Note on the mental hospitals in Burma - 1925-1940
Year: 1925
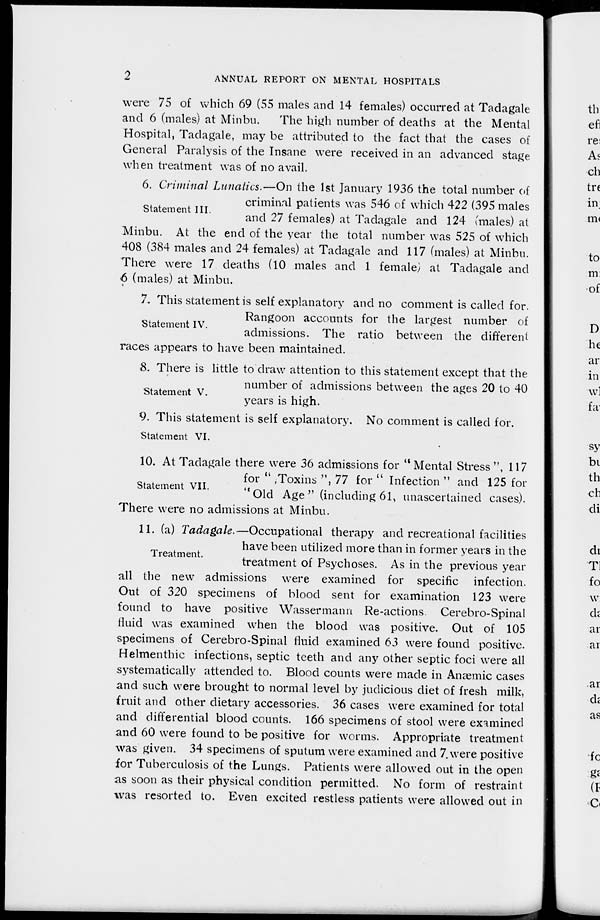
2
ANNUAL REPORT ON MENTAL HOSPITALS
were 75 of which 69 (55 males and 14 females) occurred at Tadagale
and 6 (males) at Minbu.
The high number of deaths at the Mental
Hospital, Tadagale, may be attributed to the fact that the cases of
General Paralysis of the Insane were received in an advanced stage
when treatment was of no avail.
Statement III.
6. Criminal Lunatics.—On the 1st January 1936 the total number of
criminal patients was 546 of which 422 (395 males
and 27 females) at Tadagale and 124 (males) at
Minbu. At the end of the year the total number was 525 of which
408 (384 males and 24 females) at Tadagale and 117 (males) at Minbu.
There were 17 deaths (10 males and 1 female) at Tadagale and
6 (males) at Minbu.
Statement IV.
7. This statement is self explanatory and no comment is called for.
Rangoon accounts for the largest number of
admissions. The ratio between the different
races appears to have been maintained.
Statement V.
8. There is little to draw attention to this statement except that the
number of admissions between the ages 20 to 40
years is high.
Statement VI.
9. This statement is self explanatory. No comment is called for.
Statement VII.
10. At Tadagale there were 36 admissions for " Mental Stress ", 117
for '' ,Toxins ", 77 for '' Infection " and 125 for
"Old Age " (including 61, unascertained cases).
There were no admissions at Minbu.
Treatment.
11. (a) Tadagale.—Occupational therapy and recreational facilities
have been utilized more than in former years in the
treatment of Psychoses. As in the previous year
all the new admissions were examined for specific infection.
Out of 320 specimens of blood sent for examination 123 were
found to have positive Wassermann Re-actions. Cerebro-Spinal
fluid was examined when the blood was positive. Out of 105
specimens of Cerebro-Spinal fluid examined 63 were found positive.
Helmenthic infections, septic teeth and any other septic foci were all
systematically attended to. Blood counts were made in Anæmic cases
and such were brought to normal level by judicious diet of fresh milk,
fruit and other dietary accessories. 36 cases were examined for total
and differential blood counts. 166 specimens of stool were examined
and 60 were found to be positive for worms. Appropriate treatment
was given. 34 specimens of sputum were examined and 7. were positive
for Tuberculosis of the Lungs. Patients were allowed out in the open
as soon as their physical condition permitted. No form of restraint
was resorted to. Even excited restless patients were allowed out in